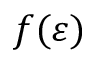
f ( \varepsilon )